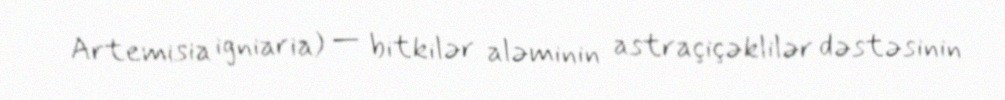
Artemisia igniaria) — bitkilər aləminin astraçiçəklilər dəstəsinin